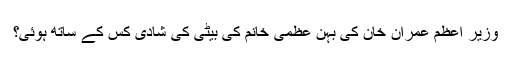
وزیر اعظم عمران خان کی بہن عظمیٰ خانم کی بیٹی کی شادی کس کے ساتھ ہوئی؟